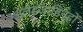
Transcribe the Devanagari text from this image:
अलेइजाडिन्हों